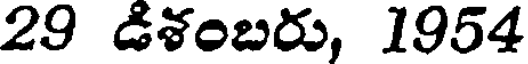
29 డిశంబరు, 1954